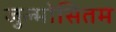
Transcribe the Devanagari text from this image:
जुल्मोसितम